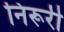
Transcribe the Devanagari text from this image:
निरूरी